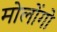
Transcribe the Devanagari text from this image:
मोलोंगो